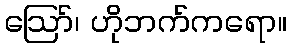
ဪ၊ ဟိုဘက်ကရော။